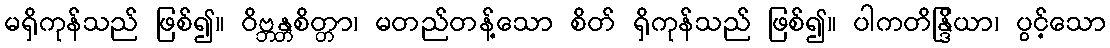
မရှိကုန်သည် ဖြစ်၍။ ဝိဗ္ဘန္တစိတ္တာ၊ မတည်တန့်သော စိတ် ရှိကုန်သည် ဖြစ်၍။ ပါကတိန္ဒြိယာ၊ ပွင့်သော